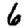
Digit: 6